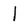
Character: l